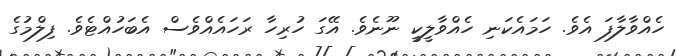
ހެއްވާލާފަ އެވެ. ހަމައެކަނި ހެއްވާލީކީ ނޫނެވެ. އޭގަ ހުރިހާ ރަހައެއްވެސް އެބަހުއްޓެވެ. ފިލްމުގެ